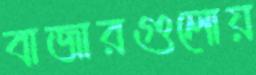
বাজারগুলোয়